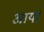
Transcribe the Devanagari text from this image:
अार्या